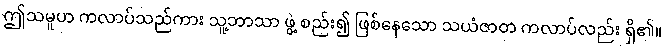
ဤသမူဟ ကလာပ်သည်ကား သူ့ဘာသာ ဖွဲ့ စည်း၍ ဖြစ်နေသော သယံဇာတ ကလာပ်လည်း ရှိ၏။